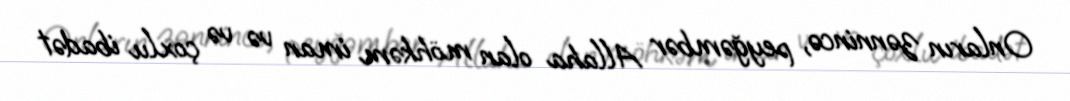
Onların zənnincə, peyğəmbər Allaha olan möhkəm iman və və çoxlu ibadət